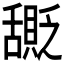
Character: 𬜎